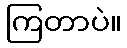
ကြတာပဲ။